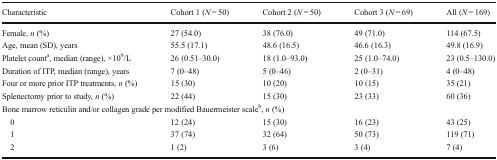
<table><thead><tr><td><b>Characteristic</b></td><td><b>Cohort 1 (<i>N</i> = 50)</b></td><td><b>Cohort 2 (<i>N</i> = 50)</b></td><td><b>Cohort 3 (<i>N</i> = 69)</b></td><td><b>All (<i>N</i> = 169)</b></td></tr></thead><tbody><tr><td>Female, <i>n</i> (%)</td><td>27 (54.0)</td><td>38 (76.0)</td><td>49 (71.0)</td><td>114 (67.5)</td></tr><tr><td>Age, mean (SD), years</td><td>55.5 (17.1)</td><td>48.6 (16.5)</td><td>46.6 (16.3)</td><td>49.8 (16.9)</td></tr><tr><td>Platelet count<sup>a</sup>, median (range), ×10<sup>9</sup>/L</td><td>26 (0.51–30.0)</td><td>18 (1.0–93.0)</td><td>25 (1.0–74.0)</td><td>23 (0.5–130.0)</td></tr><tr><td>Duration of ITP, median (range), years</td><td>7 (0–48)</td><td>5 (0–46)</td><td>2 (0–31)</td><td>4 (0–48)</td></tr><tr><td>Four or more prior ITP treatments, <i>n</i> (%)</td><td>15 (30)</td><td>10 (20)</td><td>10 (15)</td><td>35 (21)</td></tr><tr><td>Splenectomy prior to study, <i>n</i> (%)</td><td>22 (44)</td><td>15 (30)</td><td>23 (33)</td><td>60 (36)</td></tr><tr><td colspan="5">Bone marrow reticulin and/or collagen grade per modified Bauermeister scale<sup>b</sup>, <i>n</i> (%)</td></tr><tr><td> 0</td><td>12 (24)</td><td>15 (30)</td><td>16 (23)</td><td>43 (25)</td></tr><tr><td> 1</td><td>37 (74)</td><td>32 (64)</td><td>50 (73)</td><td>119 (71)</td></tr><tr><td> 2</td><td>1 (2)</td><td>3 (6)</td><td>3 (4)</td><td>7 (4)</td></tr></tbody></table>